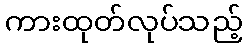
ကားထုတ်လုပ်သည့်